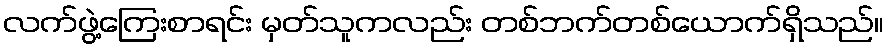
လက်ဖွဲ့ကြေးစာရင်း မှတ်သူကလည်း တစ်ဘက်တစ်ယောက်ရှိသည်။